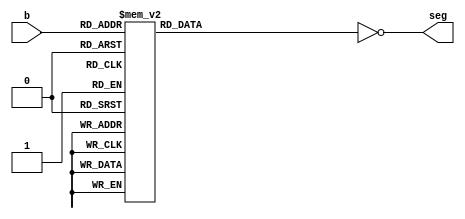
module hexdecoder(
    input wire [3:0] b,
    output wire [7:0] seg);
   
   reg [7:0] 	      iseg;
   
   always @*
     case(b)
       4'h0 : iseg = 8'h3F;
       4'h1 : iseg = 8'h06;
       4'h2 : iseg = 8'h5B;
       4'h3 : iseg = 8'h4F;
       4'h4 : iseg = 8'h66;
       4'h5 : iseg = 8'h6D;
       4'h6 : iseg = 8'h7D;
       4'h7 : iseg = 8'h07;
       4'h8 : iseg = 8'h7F;
       4'h9 : iseg = 8'h6F;
       4'ha : iseg = 8'h77;
       4'hb : iseg = 8'h7C;
       4'hc : iseg = 8'h39;
       4'hd : iseg = 8'h5E;
       4'he : iseg = 8'h79;
       4'hf : iseg = 8'h71;
     endcase
   
   assign seg = ~iseg;
   
endmodule